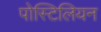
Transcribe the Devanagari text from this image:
पोस्टिलियन